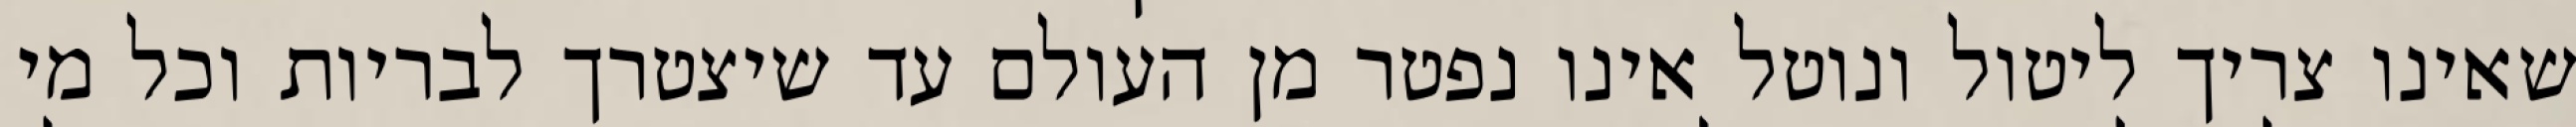
שאינו צריך ליטול ונוטל אינו נפטר מן העולם עד שיצטרך לבריות וכל מי